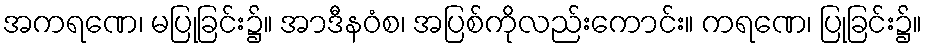
အကရဏေ၊ မပြုခြင်း၌။ အာဒီနဝံစ၊ အပြစ်ကိုလည်းကောင်း။ ကရဏေ၊ ပြုခြင်း၌။